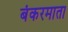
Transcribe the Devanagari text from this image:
बंकरमाता